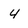
Character: 4